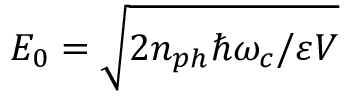
E _ { 0 } = \sqrt { 2 { n _ { p h } \hbar \omega _ { c } } / { \varepsilon V } }